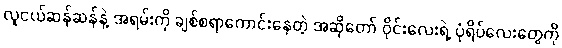
လူငယ်ဆန်ဆန်နဲ့ အရမ်းကို ချစ်စရာကောင်းနေတဲ့ အဆိုတော် ဝိုင်းလေးရဲ့ ပုံရိပ်လေးတွေကို